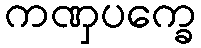
ကဏှပက္ခေ